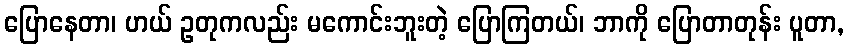
ပြောနေတာ၊ ဟယ် ဥတုကလည်း မကောင်းဘူးတဲ့ ပြောကြတယ်၊ ဘာကို ပြောတာတုန်း ပူတာ,